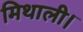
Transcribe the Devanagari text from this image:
मिथाली।